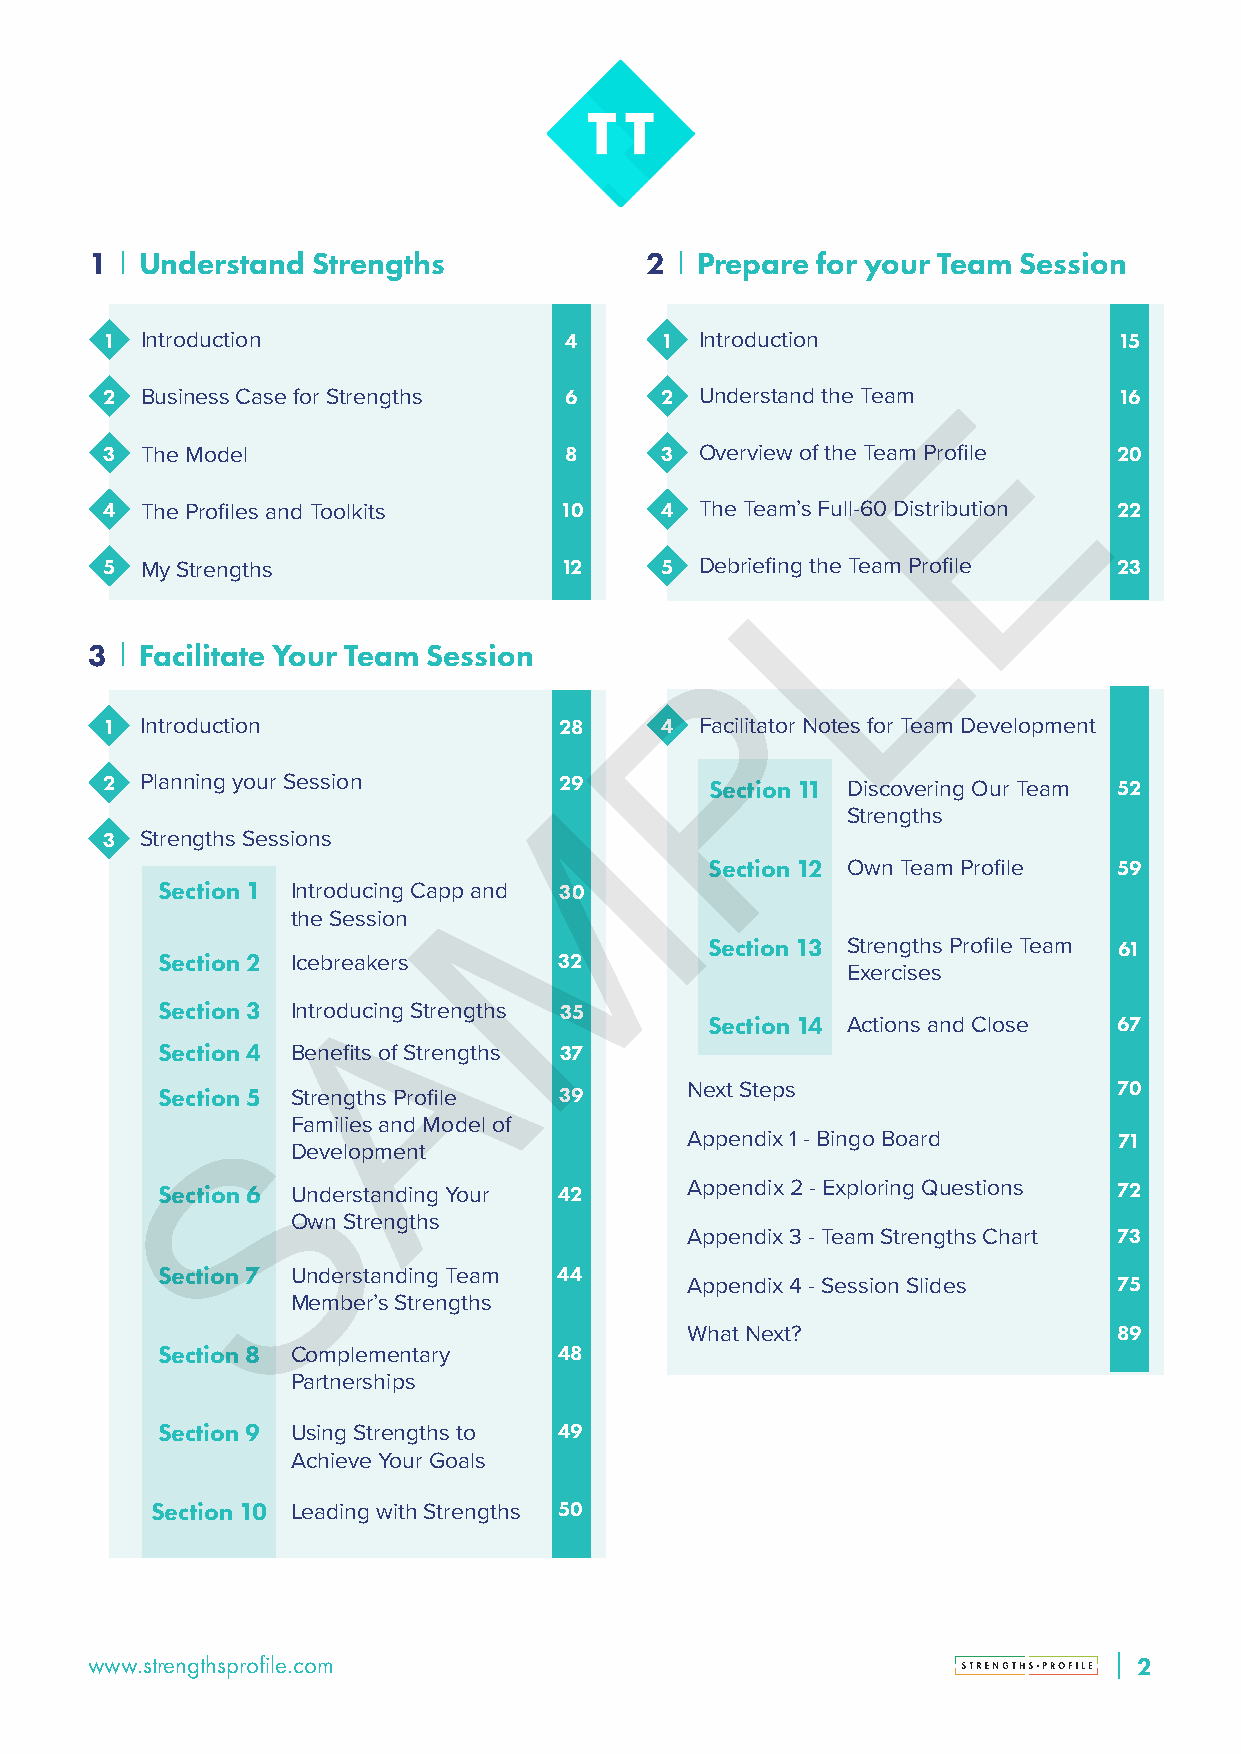
1  Understand  Strengths             2  Prepare for your Team Session
 1 Introduction                4      1 Introduction                15
 E
 2 Business Case for Strengths 6      2 Understand the Team         16
 3 The Model                   8      3 Overview of the Team Profile 20
 4 The Profiles and Toolkits   10     4 The Team’s Full-60 Distribution 22
 L
 5 My Strengths                12     5 Debriefing the Team Profile 23
 3  Facilitate Your Team Session         P
 1 Introduction                28     4 Facilitator Notes for Team Development
 2 Planning your Session       M29       Section 11 Discovering Our Team 52
 Strengths
 3 Strengths Sessions
 Section 12 Own Team Profile 59
 Section 1 Introducing Capp and 30
 the Session
 Section 13 Strengths Profile Team 61
 Section 2 IcebreakAers     32
 Exercises
 Section 3 Introducing Strengths 35
 Section 14 Actions and Close 67
 Section 4 Benefits of Strengths 37
 Section 5 Strengths Profile 39     Next Steps                   70
 S
 Families and Model of
 Appendix 1 - Bingo Board     71
 Development
 Section 6 Understanding Your 42    Appendix 2 - Exploring Questions 72
 Own Strengths
 Appendix 3 - Team Strengths Chart 73
 Section 7 Understanding Team 44
 Appendix 4 - Session Slides  75
 Member’s Strengths
 What Next?                   89
 Section 8 Complementary    48
 Partnerships
 Section 9 Using Strengths to 49
 Achieve Your Goals
 Section 10 Leading with Strengths 50
 www.strengthsprofile.com                                             22